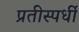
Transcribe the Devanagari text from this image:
प्रतीस्पर्धी